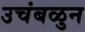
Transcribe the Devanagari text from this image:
उचंबळुन